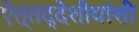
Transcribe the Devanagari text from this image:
ऐत्तद्देशीयांशी